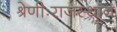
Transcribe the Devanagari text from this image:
श्रेणीःराजस्थान